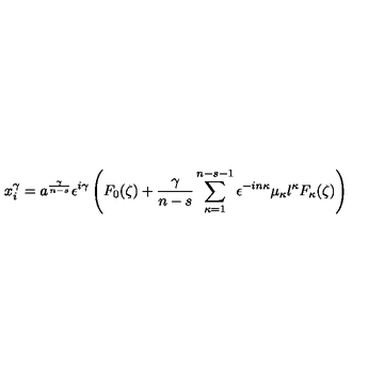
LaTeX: x _ { i } ^ { \gamma } = a ^ { \frac { \gamma } { n - s } } \epsilon ^ { i \gamma } \left( F _ { 0 } ( \zeta ) + \frac { \gamma } { n - s } \sum _ { \kappa = 1 } ^ { n - s - 1 } \epsilon ^ { - i n \kappa } \mu _ { \kappa } l ^ { \kappa } F _ { \kappa } ( \zeta ) \right)